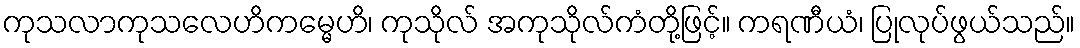
ကုသလာကုသလေဟိကမ္မေဟိ၊ ကုသိုလ် အကုသိုလ်ကံတို့ဖြင့်။ ကရဏီယံ၊ ပြုလုပ်ဖွယ်သည်။